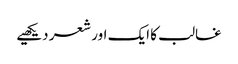
غالب کا ایک اور شعر دیکھیے